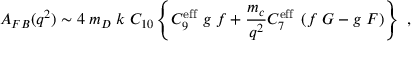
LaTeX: A _ { F B } ( q ^ { 2 } ) \sim 4 \; m _ { D } \; k \; C _ { 1 0 } \left\{ C _ { 9 } ^ { \mathrm { e f f } } \; g \; f + \frac { m _ { c } } { q ^ { 2 } } C _ { 7 } ^ { \mathrm { e f f } } \; \left( f \; G - g \; F \right) \right\} ~ ,